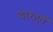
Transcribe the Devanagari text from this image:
बारहवेँ